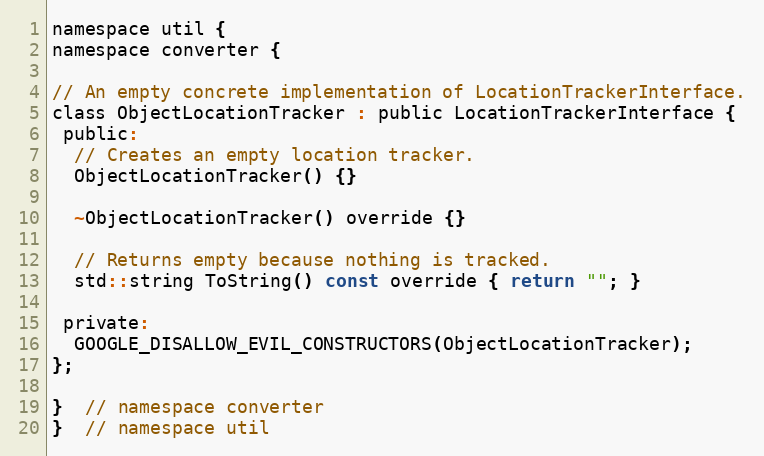
Language: C
namespace util {
namespace converter {

// An empty concrete implementation of LocationTrackerInterface.
class ObjectLocationTracker : public LocationTrackerInterface {
 public:
  // Creates an empty location tracker.
  ObjectLocationTracker() {}

  ~ObjectLocationTracker() override {}

  // Returns empty because nothing is tracked.
  std::string ToString() const override { return ""; }

 private:
  GOOGLE_DISALLOW_EVIL_CONSTRUCTORS(ObjectLocationTracker);
};

}  // namespace converter
}  // namespace util